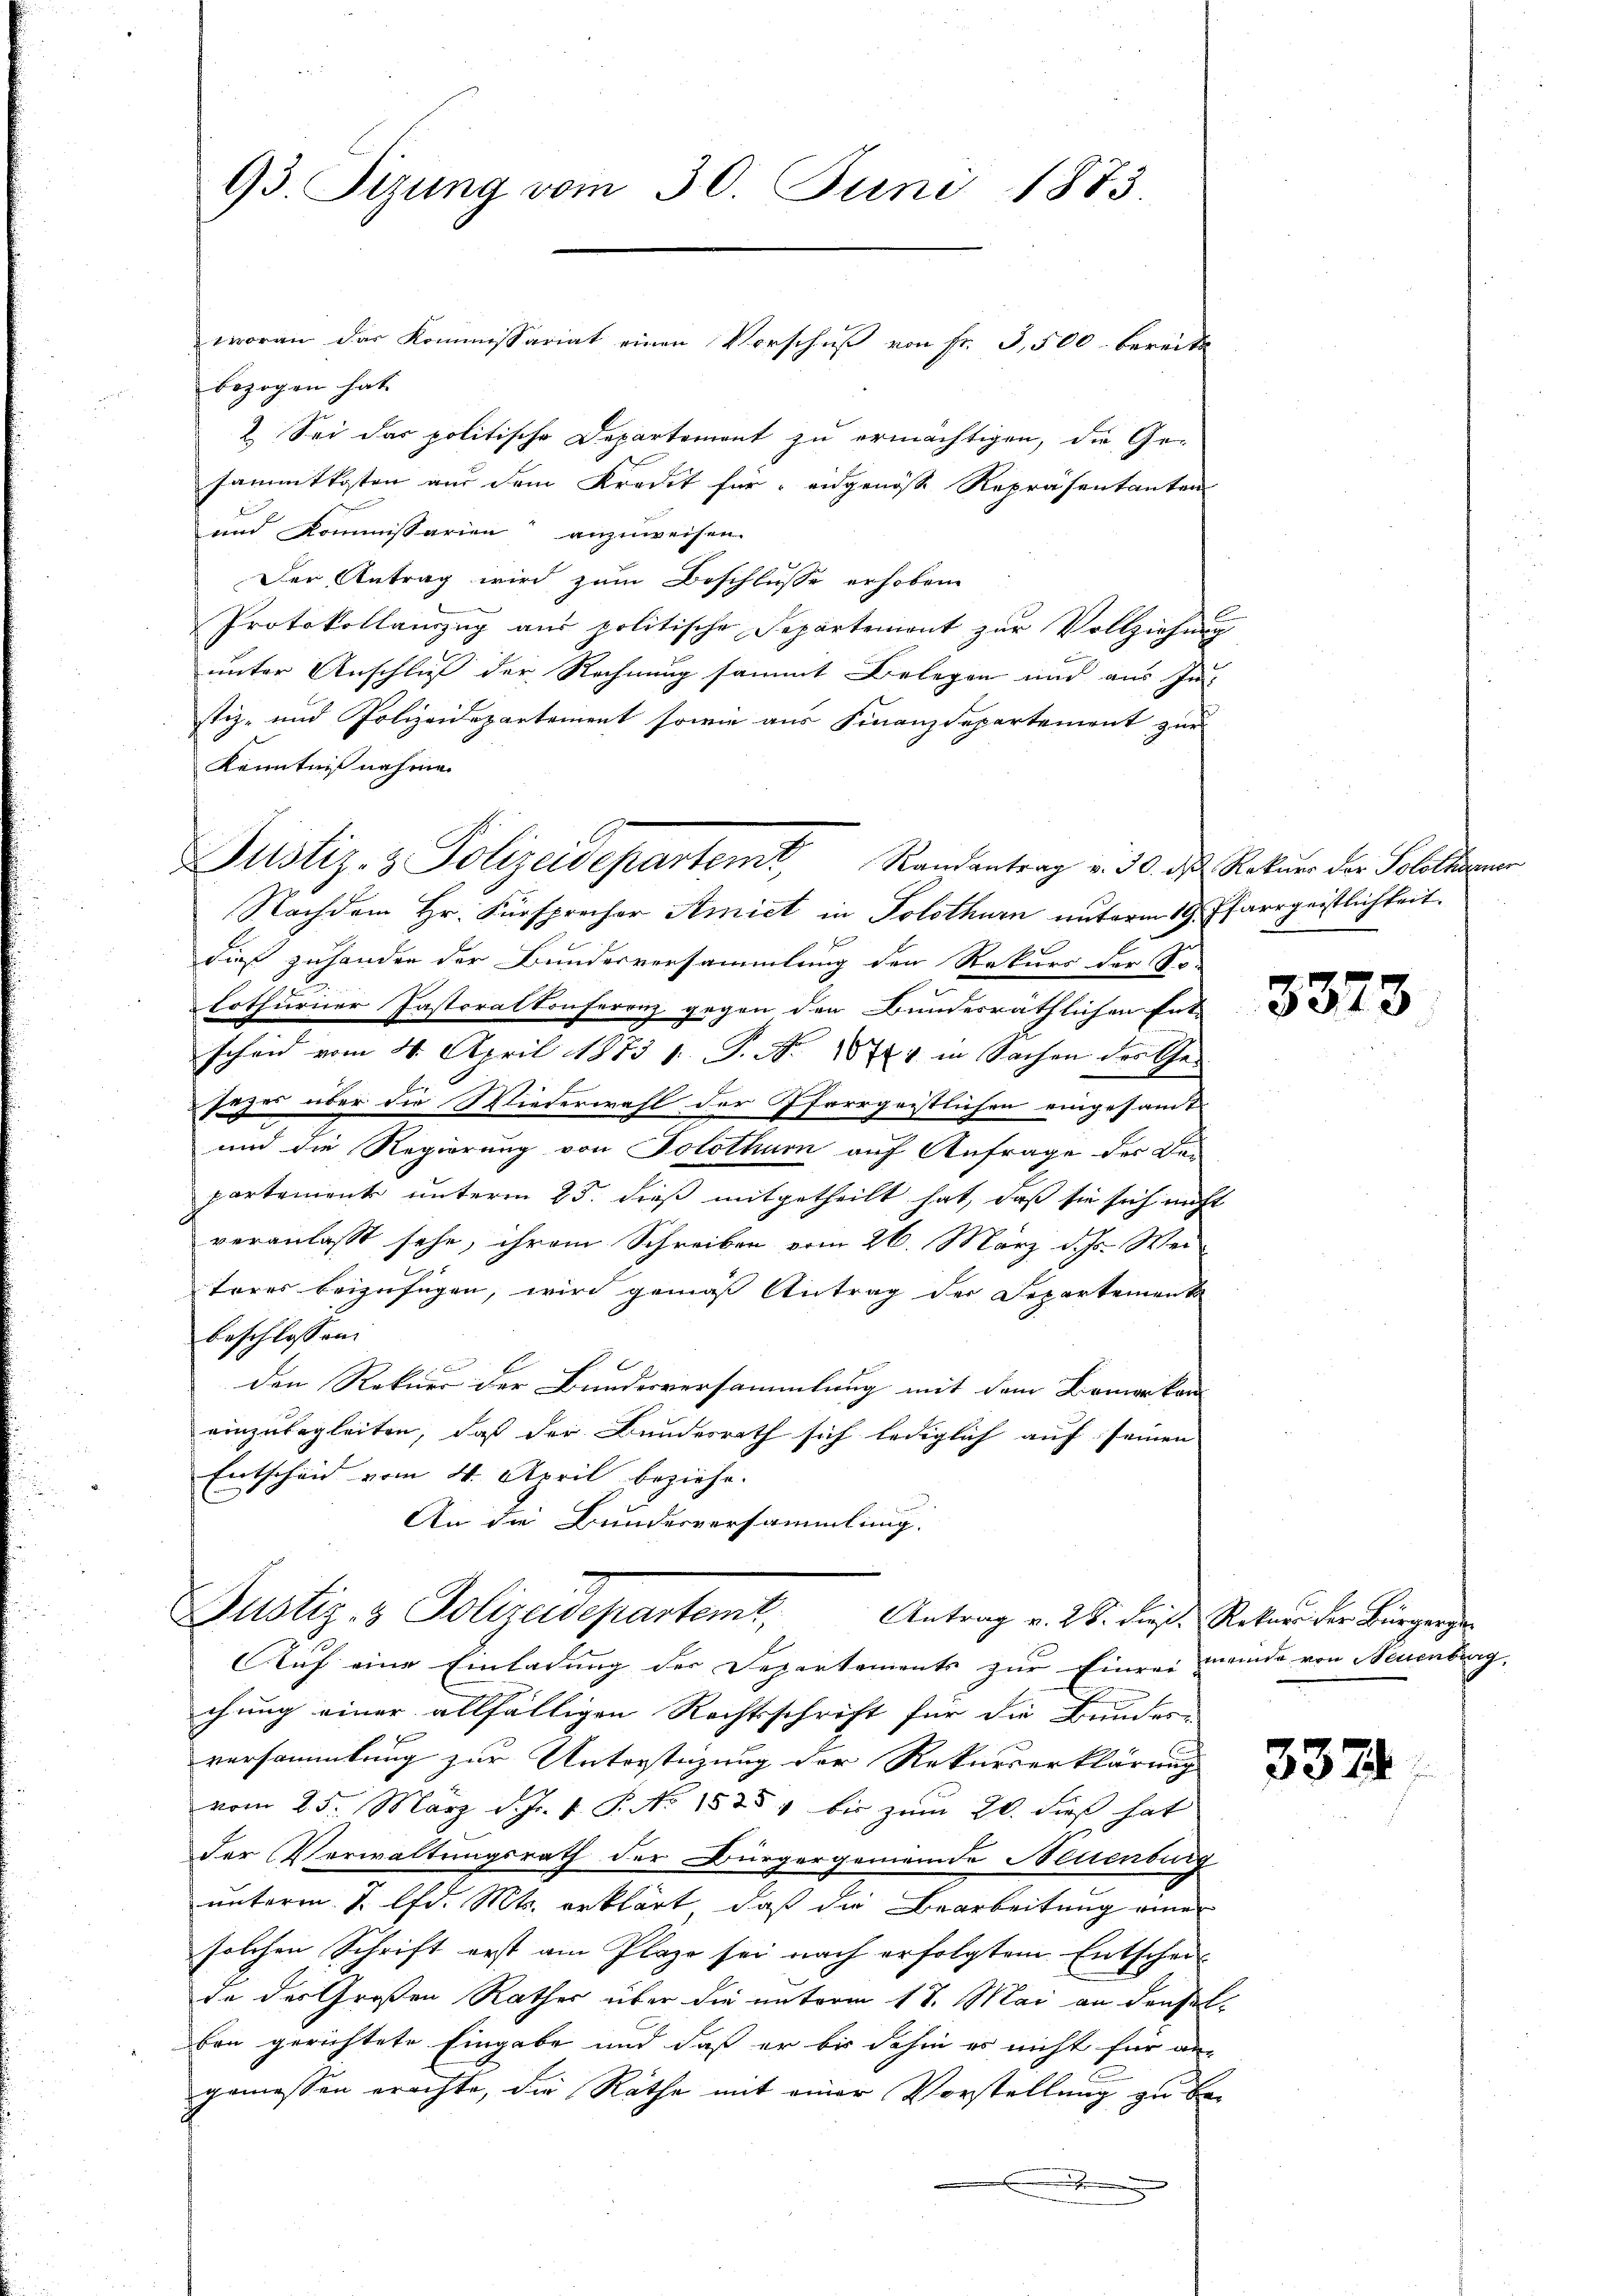
Justiz- & Polizeidepartemt Randantrag v. 30. d. Rekurs der Solothurner

93. Sizung vom 30. Juni 1873.

woran das Kommissariat einen Vorschuß von Fr. 3,500 bereits
bezogen hat. |
2. Sei das politische Departement zu ermächtigen, die Ge-
sammtkosten aus dem Kredit für eidgenösse Repräsentanten
und Kommissarien anzuweisen.
Der Antrag wird zum Beschlusse erhobene
Protokollanzzug aus politische Separtemont zŭr Vollziehung
unter Anschluß der Rechnung sammt Belegen und aus In-
stiz- und Polizeidepartement sowie aus Finanzdepartement zur
Kenntniß nahme
Nachdem Hr. Fürsprecher Amiet in Solothurn unterm 19. Pfarrgeistlichkeit.
dieß zuhanden der Bunderversammlung den Rekurs der So
lothurner Pastoralkonferenz gegen den Bundesräthlichen Ent-
scheid vom 4. April 1873 1. P. Nr. 1871 in Sachen des Ge-
sages über die Wiederwahl der Pfarrgeistlichen eingesamt
und die Regierung von Solothum auf Anfrage der Bei
partemente unterm 25. dieß mitgetheilt hat, daß sie sich nicht
veranlasst sehe, ihrem Schreiben vom 26. März d. Js. Wei
teres beizufügen, wird gemäß Antrag der Departement
beschlossen:

den Rekurr der Bundesversammlung mit dem Bemerkan
einzubegleiten, daß der Bundesrath sich lediglich auf seinen
Entscheid vom 4. April beziehe.
An die Bundesversammlung.
Justiz- & Polizeidepartem Antrag v. 28. dieß. Rekurs der Bürgerge
Auf eine Einladung der Departements zur Einrei meinde von Neuenburg,
chung einer allfälligen Rechtsschrift für die Bundes-
C
versammlung zur Unterstüzung der Rekurserklärung
vom 25. März d. Js. v. P. No 1535 bis zum 20. dieß hat
der Verwaltungsrath der Bürgergemeinde Neuenburg
unterm 1. lfd. Mts. erklärt, daß die Bearbeitung eine
solchen Schrift erst am Plaze sei nach erfolgtem Entscheide der Großen Rathes über die unterm 17. Mai an denselben gerichtete Eingabe und daß er bis dahin es nicht für aus
gemessen erachte, die Räthe mit einer Vorstellung zu be¬
.

3373

332